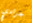
جرادي